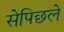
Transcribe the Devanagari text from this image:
सेपिछले